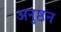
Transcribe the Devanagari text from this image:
अनुष्ठन